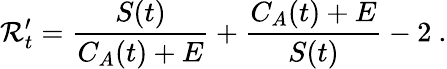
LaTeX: \mathcal{R}_{t}^{\prime}=\frac{{S(t)}}{{C_{A}(t)+E}}+\frac{{C_{A}(t)+E}}{{S(t)}}-2\ .